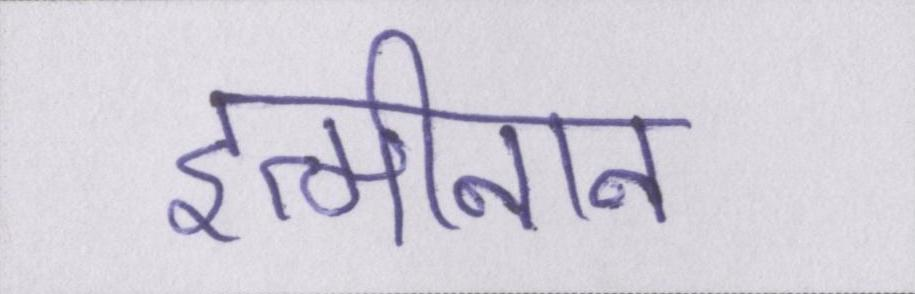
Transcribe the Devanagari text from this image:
इत्मीनान